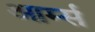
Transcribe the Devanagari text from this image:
आर्म्‍स